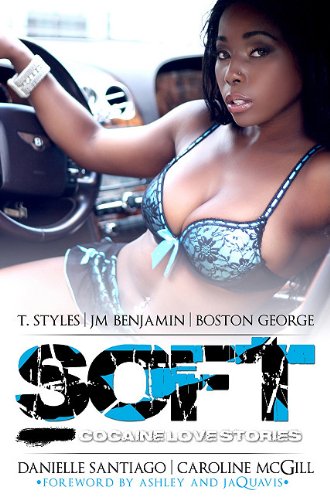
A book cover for Soft; T. Styles; Mystery, Thriller & Suspense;